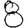
Digit: 8